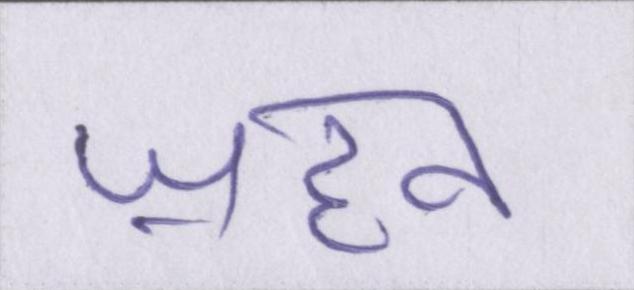
ज़हन